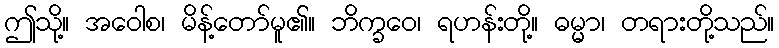
ဤသို့။ အဝေါစ၊ မိန့်တော်မူ၏။ ဘိက္ခဝေ၊ ရဟန်းတို့။ ဓမ္မာ၊ တရားတို့သည်။